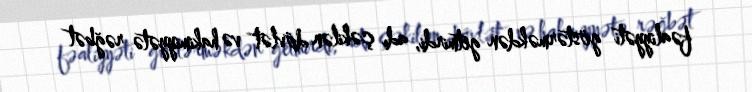
fəaliyyəti göstərməkdən getmirdi, adı çəkilən dövlət və hakimiyyətə rəğbət